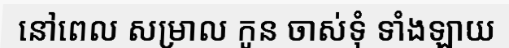
នៅពេល សម្រាល កូន ចាស់ទុំ ទាំងឡាយ